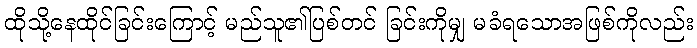
ထိုသို့နေထိုင်ခြင်းကြောင့် မည်သူ၏ပြစ်တင် ခြင်းကိုမျှ မခံရသောအဖြစ်ကိုလည်း